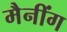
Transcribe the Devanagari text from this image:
मैनींग